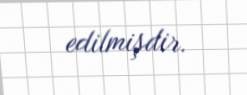
edilmişdir.